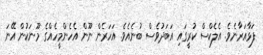
ފަޅާއަރާނެވެ. އެލެކްސް ކުރީގައި އަބަދުވެސް ބުނެއެވެ. އަހަރެން ނޫން އެހެންމީހެއްގެ މޫނަކުން އޭނަ